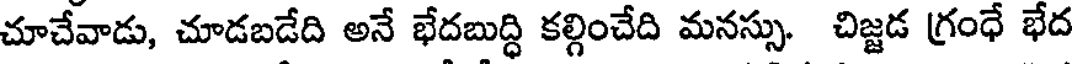
చూచేవాడు, చూడబడేది అనే భేదబుద్ధి కల్గించేది మనస్సు. చిజ్జడ గ్రంధే భేద